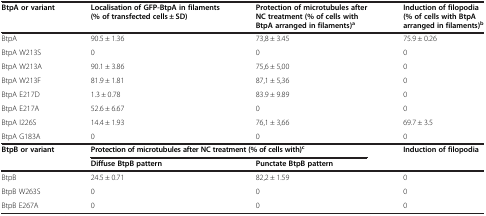
| BtpA or variant | Localisation of GFP-BtpA in filaments (% of transfected cells ± SD) | Protection of microtubules after NC treatment (% of cells with BtpA arranged in filaments)a | Induction of filopodia(% of cells with BtpA arranged in filaments)b |
 | --- | --- | --- | --- |
 | BtpA | 90.5 ± 1.36 | 73,8 ± 3.45 | 75.9 ± 0.26 |
 | BtpA W213S | 0 | 0 | 0 |
 | BtpA W213A | 90.1 ± 3.86 | 75,6 ± 5,00 | 0 |
 | BtpA W213F | 81.9 ± 1.81 | 87,1 ± 5,36 | 0 |
 | BtpA E217D | 1.3 ± 0.78 | 83.9 ± 9.89 | 0 |
 | BtpA E217A | 52.6 ± 6.67 | 0 | 0 |
 | BtpA I226S | 14.4 ± 1.93 | 76,1 ± 3,66 | 69.7 ± 3.5 |
 | BtpA G183A | 0 | 0 | 0 |
 | BtpB or variant | <COLSPAN=2> Protection of microtubules after NC treatment (% of cells with)c | Induction of filopodia |
 |  | Diffuse BtpB pattern | Punctate BtpB pattern |  |
 | BtpB | 24.5 ± 0.71 | 82,2 ± 1.59 | 0 |
 | BtpB W263S | 0 | 0 | 0 |
 | BtpB E267A | 0 | 0 | 0 |